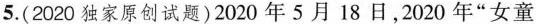
5.(2020独家原创试题)2020年5月18日，2020年“女童